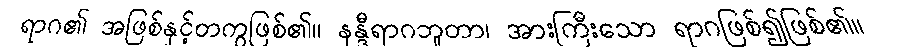
ရာဂ၏ အဖြစ်နှင့်တကွဖြစ်၏။ နန္ဒီရာဂဘူတာ၊ အားကြီးသော ရာဂဖြစ်၍ဖြစ်၏။